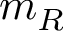
m _ { R }